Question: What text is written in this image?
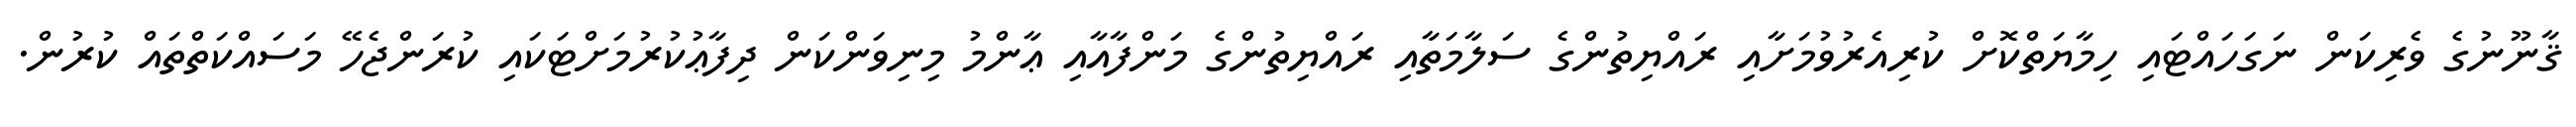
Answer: ޤާނޫނުގެ ވެރިކަން ނަގަހައްޓައި ހިމާޔަތްކޮށް ކުރިއެރުވުމަށާއި ރައްޔިތުންގެ ސަލާމަތާއި ރައްޔިތުންގެ މަންފާއާއި ޢާންމު މިނިވަންކަން ދިފާޢުކުރުމަށްޓަކައި ކުރަންޖެހޭ މަސައްކަތްތައް ކުރުން.